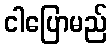
ငါပြောမည်